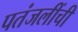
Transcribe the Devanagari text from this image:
पतंजलींची